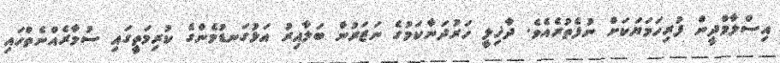
އިސްލާމްދީން ފުރިހަމަޔަކަށް ނުފެތުރެއެވެ. ދާޚިލީ ހަރުދަނާކަމުގެ ނަޒަރުން ބަލާއިރު އަޅުގަނޑުމެންގެ ކުރިމަތީގައި ސުމާރެއްނެތްހައި